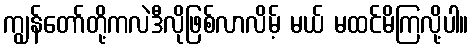
ကျွန်တော်တို့ကလဲဒီလိုဖြစ်လာလိမ့် မယ် မထင်မိကြလို့ပါ။